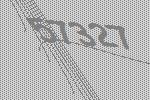
57327